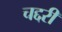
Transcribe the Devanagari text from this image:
चद्दरी